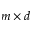
m \times d